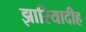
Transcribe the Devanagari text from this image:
झारियादीह